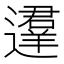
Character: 𰻚